On the standardisation of anti-typhoid vaccine - Number 21
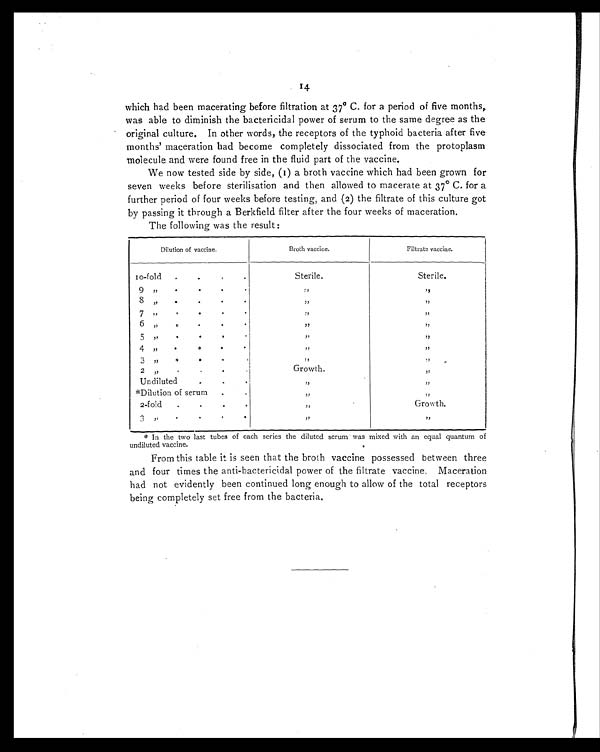
14
which had been macerating before filtration at 37°C. for a period of five months,,
was able to diminish the bactericidal power of serum to the same degree as the
original culture. In other words, the receptors of the typhoid bacteria after five
months' maceration had become completely dissociated from the protoplasm
molecule and were found free in the fluid part of the vaccine.
We now tested side by side, (1) a broth vaccine which had been grown for
seven weeks before sterilisation and then allowed to macerate at 37°C. for a
further period of four weeks before testing, and (2) the filtrate of this culture got
by passing it through a Berkfield filter after the four weeks of maceration.
The following was the result:
Dilution of vaccine.
Broth vaccine.
Filtrate vaccine.
10-fold
.
•
,
•
Sterile.
Sterile.
9 .
•
.
, ,
, ,
8
, ,
, ,
7 .,
•
. .
,,
, ,
6 ,,
.
.
•
, ,
,,
5 .,
•
, ,
, ,
4 ,,
. . .
•
, ,
, ,
3
,, .
.
, ,
, ,
2
,,
•
'
Growth.
, ,
Undiluted
.
. , ,
, ,
*Dilution of serum
.
. ,
, ,
, ,
2-fold
.
, ,
Growth.
3
,
.
, ,
, ,
*In the two last tubes of each series the diluted serum was mixed with an equal quantum of
undiluted vaccine.
From this table it is seen that the broth vaccine possessed between three
and four times the anti-bactericidal power of the filtrate vaccine, Maceration
had not evidently been continued long enough to allow of the total receptors
being completely set free from the bacteria.